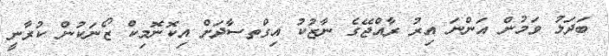
ބަދަލު ވަމުން އަންނަ އިރު ރާއްޖޭގެ ނާޒުކު އިގްތސާދަށް އިކޮނޮމިކް ޒޯނަކުން ކުރާނީ